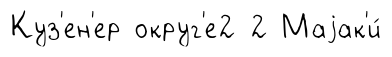
Куз'ен'ер округ'е2 2 Маjак'и́